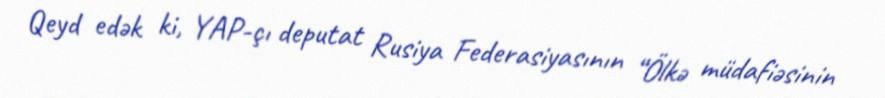
Qeyd edək ki, YAP-çı deputat Rusiya Federasiyasının “Ölkə müdafiəsinin